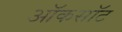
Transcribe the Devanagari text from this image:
ऑकसॉट